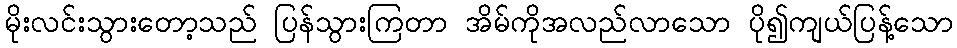
မိုးလင်းသွားတော့သည် ပြန်သွားကြတာ အိမ်ကိုအလည်လာသော ပို၍ကျယ်ပြန့်သော